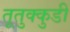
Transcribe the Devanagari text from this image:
तूतुक्कुडी